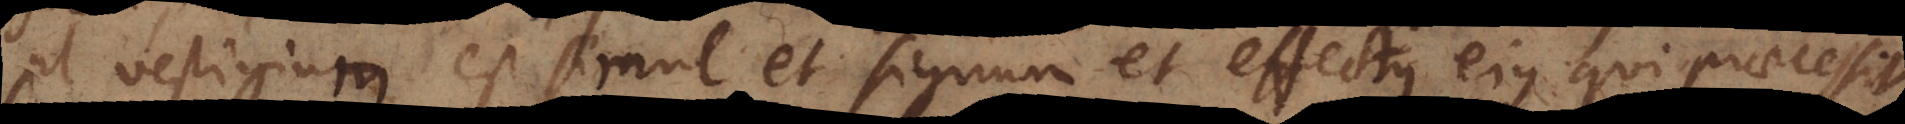
ut vestigium est simul et signum et effectus ejus qui praecessit